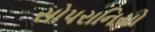
સોપરાનિયો